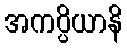
အကပ္ပိယာနိ